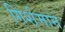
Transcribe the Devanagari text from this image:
गिर्शमान